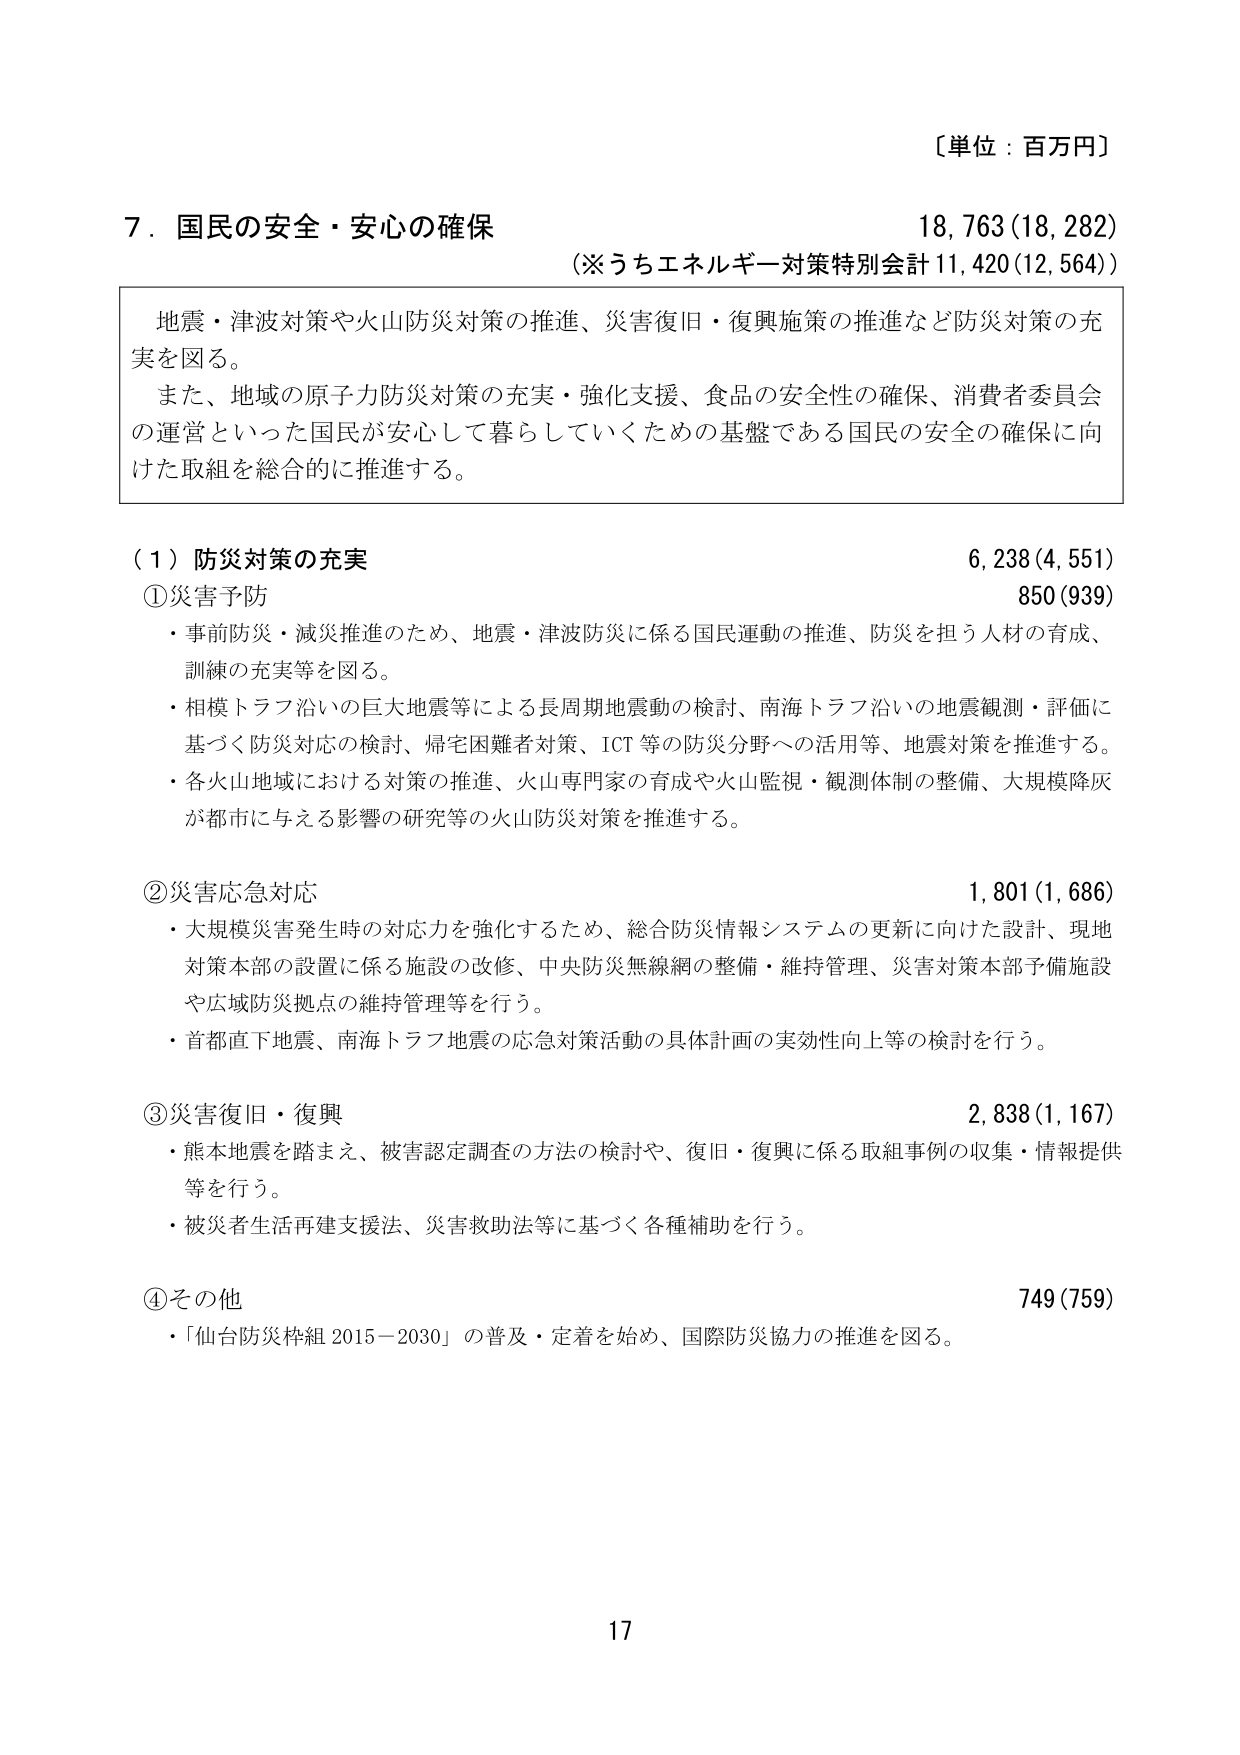
〔単位：百万円〕

７．国民の安全・安心の確保　18,763(18,282)
（※うちエネルギー対策特別会計 11,420(12,564)）

地震・津波対策や火山防災対策の推進、災害復旧・復興施策の推進など防災対策の充実を図る。
また、地域の原子力防災対策の充実・強化支援、食品の安全性の確保、消費者委員会の運営といった国民が安心して暮らしていくための基盤である国民の安全の確保に向けた取組を総合的に推進する。

（１）防災対策の充実　6,238(4,551)
①災害予防　850(939)
・事前防災・減災推進のため、地震・津波防災に係る国民運動の推進、防災を担う人材の育成、訓練の充実等を図る。
・相模トラフ沿いの巨大地震等による長周期地震動の検討、南海トラフ沿いの地震観測・評価に基づく防災対応の検討、帰宅困難者対策、ICT等の防災分野への活用等、地震対策を推進する。
・各火山地域における対策の推進、火山専門家の育成や火山監視・観測体制の整備、大規模降灰が都市に与える影響の研究等の火山防災対策を推進する。

②災害応急対応　1,801(1,686)
・大規模災害発生時の対応力を強化するため、総合防災情報システムの更新に向けた設計、現地対策本部の設置に係る施設の改修、中央防災無線網の整備・維持管理、災害対策本部予備施設や広域防災拠点の維持管理等を行う。
・首都直下地震、南海トラフ地震の応急対策活動の具体計画の実効性向上等の検討を行う。

③災害復旧・復興　2,838(1,167)
・熊本地震を踏まえ、被害認定調査の方法の検討や、復旧・復興に係る取組事例の収集・情報提供等を行う。
・被災者生活再建支援法、災害救助法等に基づく各種補助を行う。

④その他　749(759)
・「仙台防災枠組 2015－2030」の普及・定着を始め、国際防災協力の推進を図る。

17